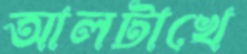
আলটাখে